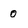
Character: 0